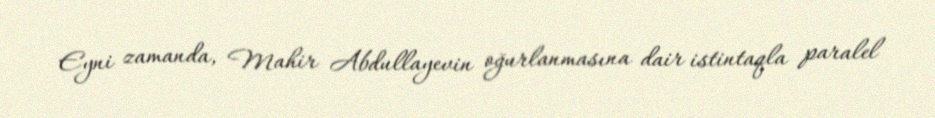
Eyni zamanda, Mahir Abdullayevin oğurlanmasına dair istintaqla paralel